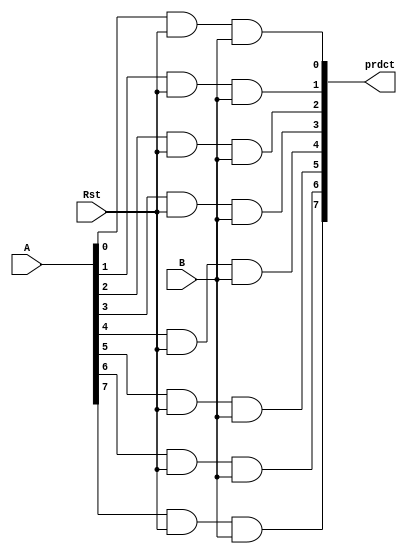
`timescale 1ns / 1ps
//////////////////////////////////////////////////////////////////////////////////
// Company: 
// Engineer: 
// 
// Design Name: 
// Module Name:    Mul_8x1 
// Project Name: 
// Target Devices: 
// Tool versions: 
// Description: 
//
// Dependencies: 
//
// Revision: 
// Revision 0.01 - File Created
// Additional Comments: 
//
//////////////////////////////////////////////////////////////////////////////////
module Mul_8x1(output [7:0] prdct,input [7:0] A,input B,Rst);
wire [7:0] wa;
and(wa[0],A[0],Rst);
and(wa[1],A[1],Rst);
and(wa[2],A[2],Rst);
and(wa[3],A[3],Rst);
and(wa[4],A[4],Rst);
and(wa[5],A[5],Rst);
and(wa[6],A[6],Rst);
and(wa[7],A[7],Rst);
and(prdct[0],wa[0],B);
and(prdct[1],wa[1],B);
and(prdct[2],wa[2],B);
and(prdct[3],wa[3],B);
and(prdct[4],wa[4],B);
and(prdct[5],wa[5],B);
and(prdct[6],wa[6],B);
and(prdct[7],wa[7],B);
endmodule